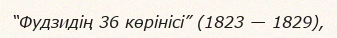
“Фудзидің 36 көрінісі” (1823 — 1829),